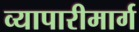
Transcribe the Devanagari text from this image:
व्यापारीमार्ग